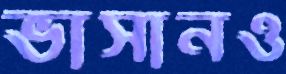
ভাসানও